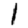
Digit: 1